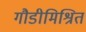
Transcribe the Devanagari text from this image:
गौडीमिश्रित